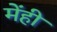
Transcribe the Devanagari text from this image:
मेंही